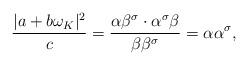
LaTeX: \begin{align*}\frac{|a + b\omega_K|^2}c=\frac{\alpha \beta^{\sigma} \cdot \alpha^{\sigma} \beta}{\beta\beta^{\sigma}}=\alpha\alpha^{\sigma},\end{align*}